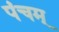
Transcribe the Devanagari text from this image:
पंचम्‌